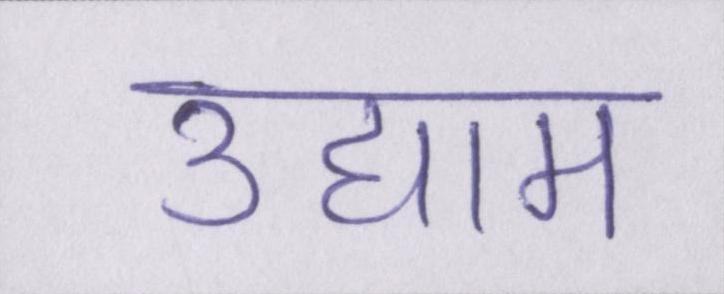
उद्याम